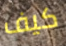
كيف